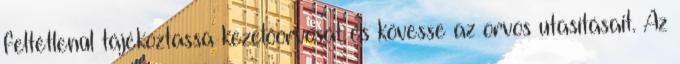
feltétlenül tájékoztassa kezelőorvosát és kövesse az orvos utasításait. Az